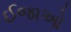
ઈજાઓ